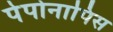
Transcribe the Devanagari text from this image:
पेपोनापिस